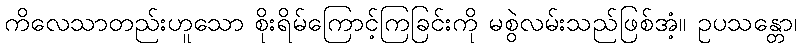
ကိလေသာတည်းဟူသော စိုးရိမ်ကြောင့်ကြခြင်းကို မစွဲလမ်းသည်ဖြစ်အံ့။ ဥပသန္တော၊